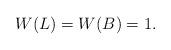
LaTeX: \begin{align*}W(L)=W(B)=1.\end{align*}